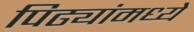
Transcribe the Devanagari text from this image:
पिढ्यांमध्ये